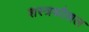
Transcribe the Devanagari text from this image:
शस्त्रकौशल